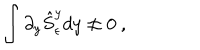
\int \partial _ { y } \hat { S } _ { \epsilon } ^ { y } d y \ne 0 \ ,